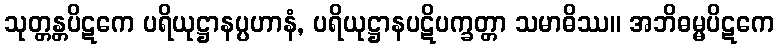
သုတ္တန္တပိဋကေ ပရိယုဋ္ဌာနပ္ပဟာနံ, ပရိယုဋ္ဌာနပဋိပက္ခတ္တာ သမာဓိဿ။ အဘိဓမ္မပိဋကေ